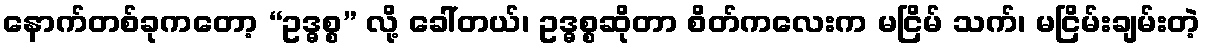
နောက်တစ်ခုကတော့ “ဥဒ္ဓစ္စ” လို့ ခေါ်တယ်၊ ဥဒ္ဓစ္စဆိုတာ စိတ်ကလေးက မငြိမ် သက်၊ မငြိမ်းချမ်းတဲ့